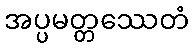
အပ္ပမတ္တဿေတံ